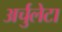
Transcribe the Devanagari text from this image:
अर्चुलेटा